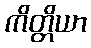
ကိတ္တိယာ